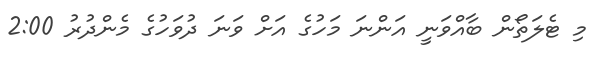
މި ޓެލަތޯން ބާއްވަނީ އަންނަ މަހުގެ އަށް ވަނަ ދުވަހުގެ މެންދުރު 2:00